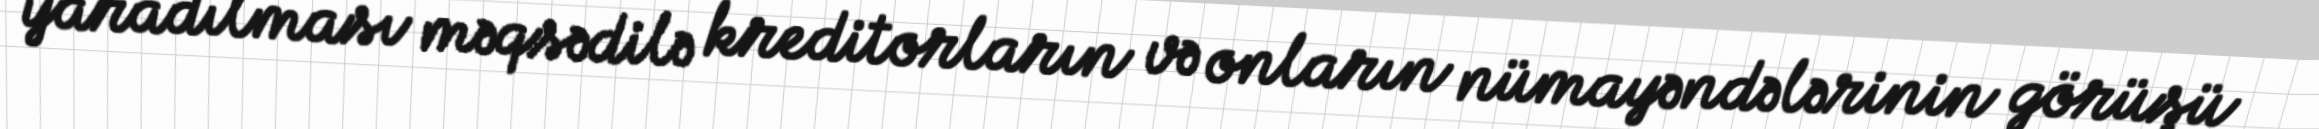
yaradılması məqsədilə kreditorların və onların nümayəndələrinin görüşü